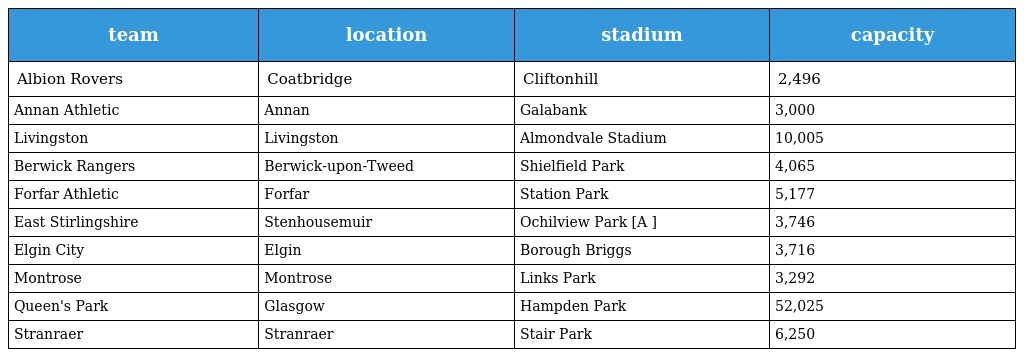
| team | location | stadium | capacity |
 | --- | --- | --- | --- |
 | Albion Rovers | Coatbridge | Cliftonhill | 2,496 |
 | Annan Athletic | Annan | Galabank | 3,000 |
 | Livingston | Livingston | Almondvale Stadium | 10,005 |
 | Berwick Rangers | Berwick-upon-Tweed | Shielfield Park | 4,065 |
 | Forfar Athletic | Forfar | Station Park | 5,177 |
 | East Stirlingshire | Stenhousemuir | Ochilview Park [A ] | 3,746 |
 | Elgin City | Elgin | Borough Briggs | 3,716 |
 | Montrose | Montrose | Links Park | 3,292 |
 | Queen's Park | Glasgow | Hampden Park | 52,025 |
 | Stranraer | Stranraer | Stair Park | 6,250 |